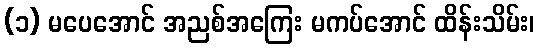
(၁) မပေအောင် အညစ်အကြေး မကပ်အောင် ထိန်းသိမ်း၊